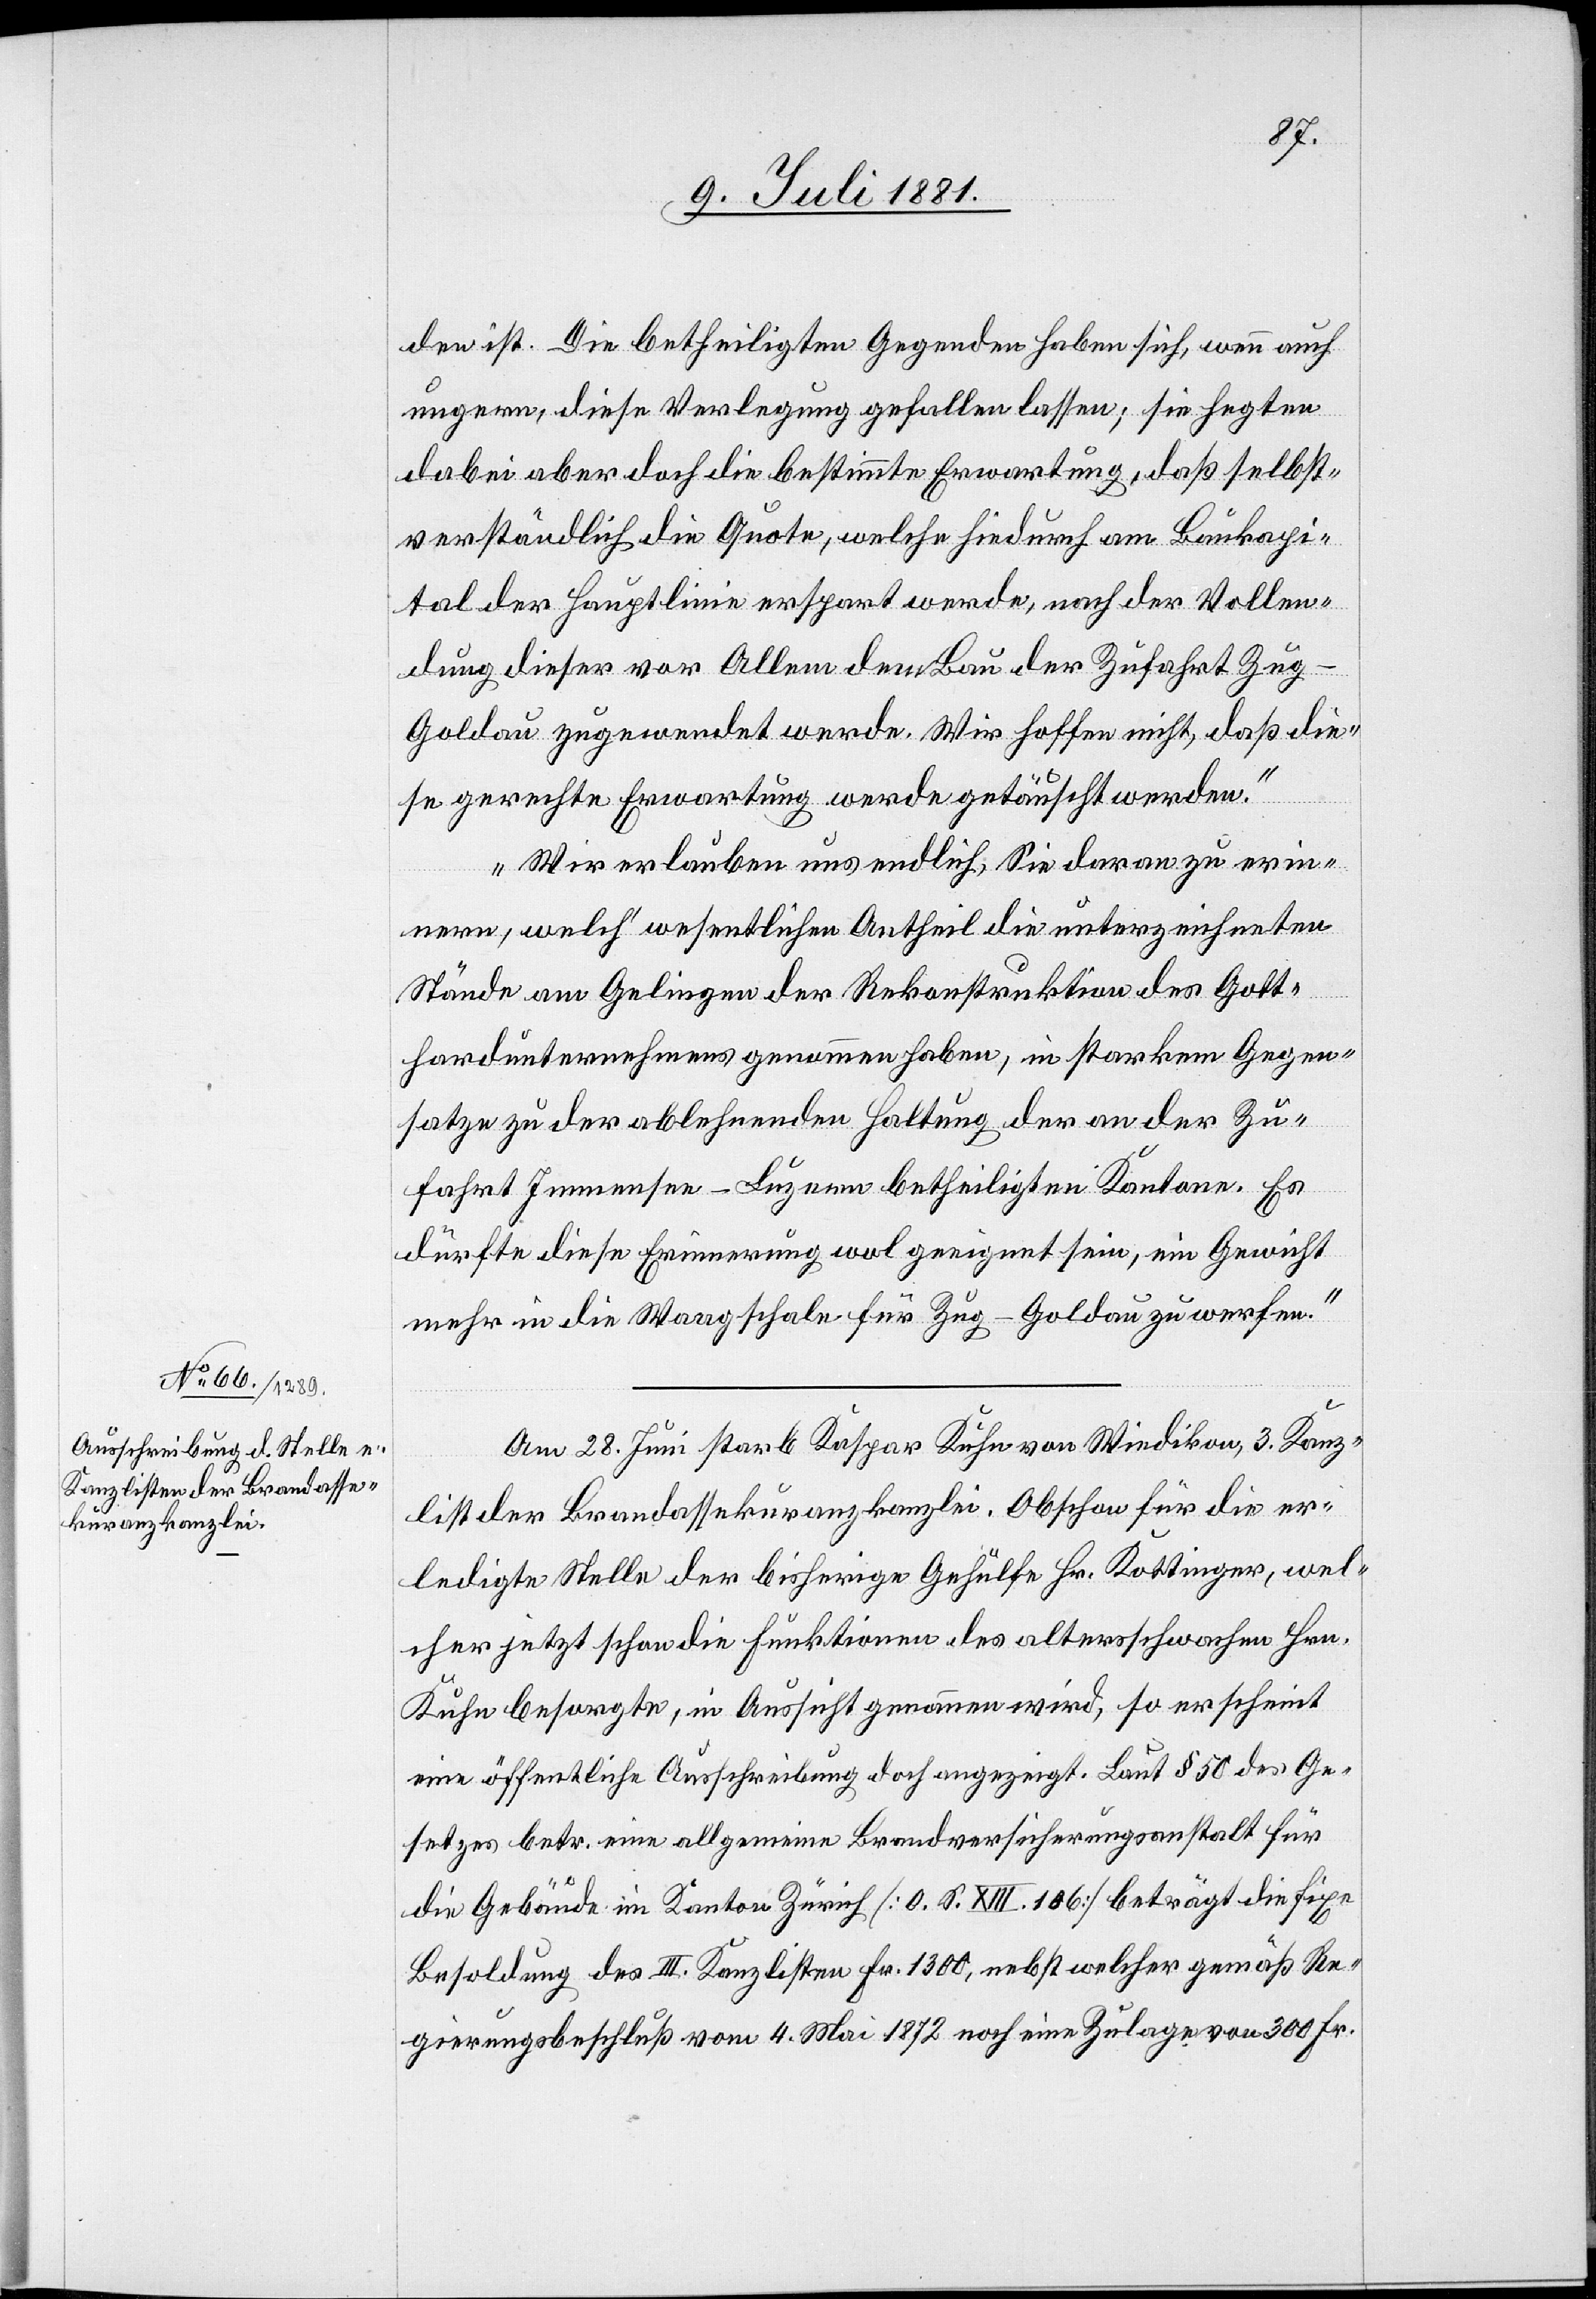
den ist. Die betheiligten Gegenden haben sich, wenn auch
ungern, diese Verlegung gefallen lassen, sie hegten
dabei aber doch die bestimmte Erwartung, daß selbst¬
verständlich die Quote, welche hiedurch am Baukapi¬
tal der Hauptlinie erspart werde, nach der Vollen¬
dung dieser vor Allem dem Bau der Zufahrt Zu¬
g–Goldau zugewendet werde. Wir hoffen nicht, daß die¬
se gerechte Erwartung werde getäuscht werden.
Wir erlauben uns endlich, Sie daran zu erin¬
nern, welch wesentlichen Antheil die unterzeichneten
Stände am Gelingen der Rekonstruktion des Gott¬
hardunternehmens genommen haben, in starkem Gegen¬
satze zu der ablehnenden Haltung der an der Zu¬
fahrt Immensee–Luzern betheiligen Kantone. Es
dürfte diese Erinnerung wol geeignet sein, ein Gewicht
mehr in die Waagschale für Zug–Goldau zu werfen.“
Am 28. Juni starb Kaspar Kuhn von Wiedikon, 3. Kanz¬
list der Brandassekuranzkanzlei. Obschon für die er¬
ledigte Stelle der bisherige Gehülfe Hr. Kottinger, wel¬
cher jetzt schon die Funktionen des altersschwachen Hrn.
Kuhn besorgte, in Aussicht genommen wird, so erscheint
eine öffentliche Ausschreibung doch angezeigt. Laut § 50 des Ge¬
setzes betr. eine allgemeine Brandversicherungsanstalt für
die Gebäude im Kanton Zürich [O. S. XIII. 186] beträgt die fixe
Besoldung des III. Kanzlisten Fr. 1300, nebst welcher gemäß Re¬
gierungsbeschluß vom 4. Mai 1872 noch eine Zulage von 300 Fr.